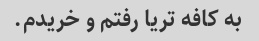
به کافه تریا رفتم و خریدم.